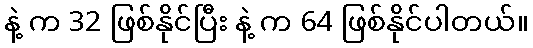
နဲ့ က 32 ဖြစ်နိုင်ပြီး နဲ့ က 64 ဖြစ်နိုင်ပါတယ်။